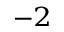
^ { - 2 }